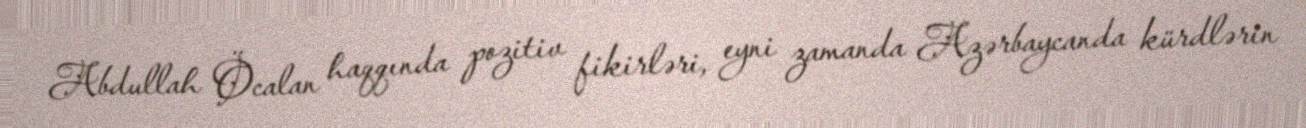
Abdullah Öcalan haqqında pozitiv fikirləri, eyni zamanda Azərbaycanda kürdlərin